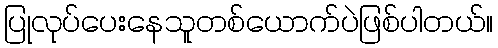
ပြုလုပ်ပေးနေသူတစ်ယောက်ပဲဖြစ်ပါတယ်။